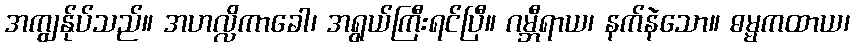
အကျွန်ုပ်သည်။ အဟလ္လိကာခေါ၊ အရွယ်ကြီးရင်ပြီ။ ဂမ္ဘီရာယ၊ နက်နဲသော။ ဓမ္မကထာယ၊